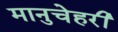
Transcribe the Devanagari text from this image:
मानुचेहरी